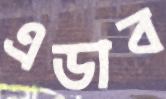
এডাব